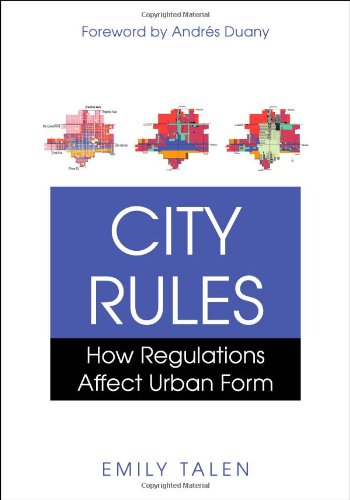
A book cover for City Rules: How Regulations Affect Urban Form; Emily Talen PhD; Arts & Photography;